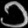
Digit: ၁